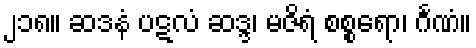
၂၁၈။ ဆဒနံ ပဋလံ ဆဒ္ဒ၊ မဇိရံ စစ္စရော၊ င်္ဂဏံ။